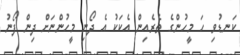
ކަނޑުވި ހަ މީހުންގެ ތެރެއިން އެކަކު އެ ދޯނި މީހުންނަށް ދިން ފޯނު